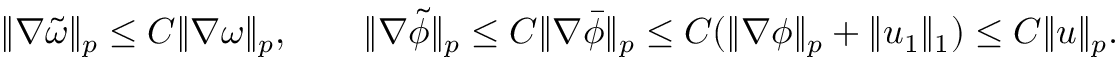
\begin{array} { r } { \| \nabla \tilde { \omega } \| _ { p } \leq C \| \nabla \omega \| _ { p } , \qquad \| \nabla \tilde { \phi } \| _ { p } \leq C \| \nabla \bar { \phi } \| _ { p } \leq C ( \| \nabla \phi \| _ { p } + \| u _ { 1 } \| _ { 1 } ) \leq C \| u \| _ { p } . } \end{array}